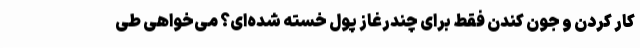
کار کردن و جون کندن فقط برای چندرغاز پول خسته شده‌ای؟ می‌خواهی طی